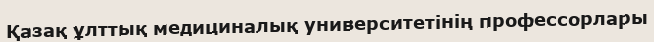
Қазақ ұлттық медициналық университетінің профессорлары